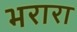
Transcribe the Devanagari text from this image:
भरारा